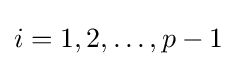
i=1,2,\dots ,p-1